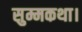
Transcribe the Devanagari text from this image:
सुम्मकथा।